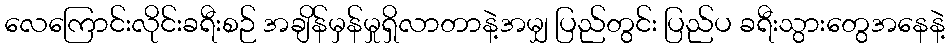
လေကြောင်းလိုင်းခရီးစဉ် အချိန်မှန်မှုရှိလာတာနဲ့အမျှ ပြည်တွင်း ပြည်ပ ခရီးသွားတွေအနေနဲ့